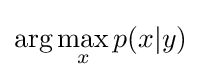
\arg \max _{x}p(x|y)